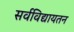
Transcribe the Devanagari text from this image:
सर्वविद्यायतन